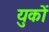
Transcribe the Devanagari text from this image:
युकों